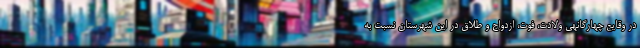
در وقایع چهارگانهی ولادت، فوت، ازدواج و طلاق در این شهرستان نسبت به